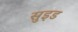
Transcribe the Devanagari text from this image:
सुइड